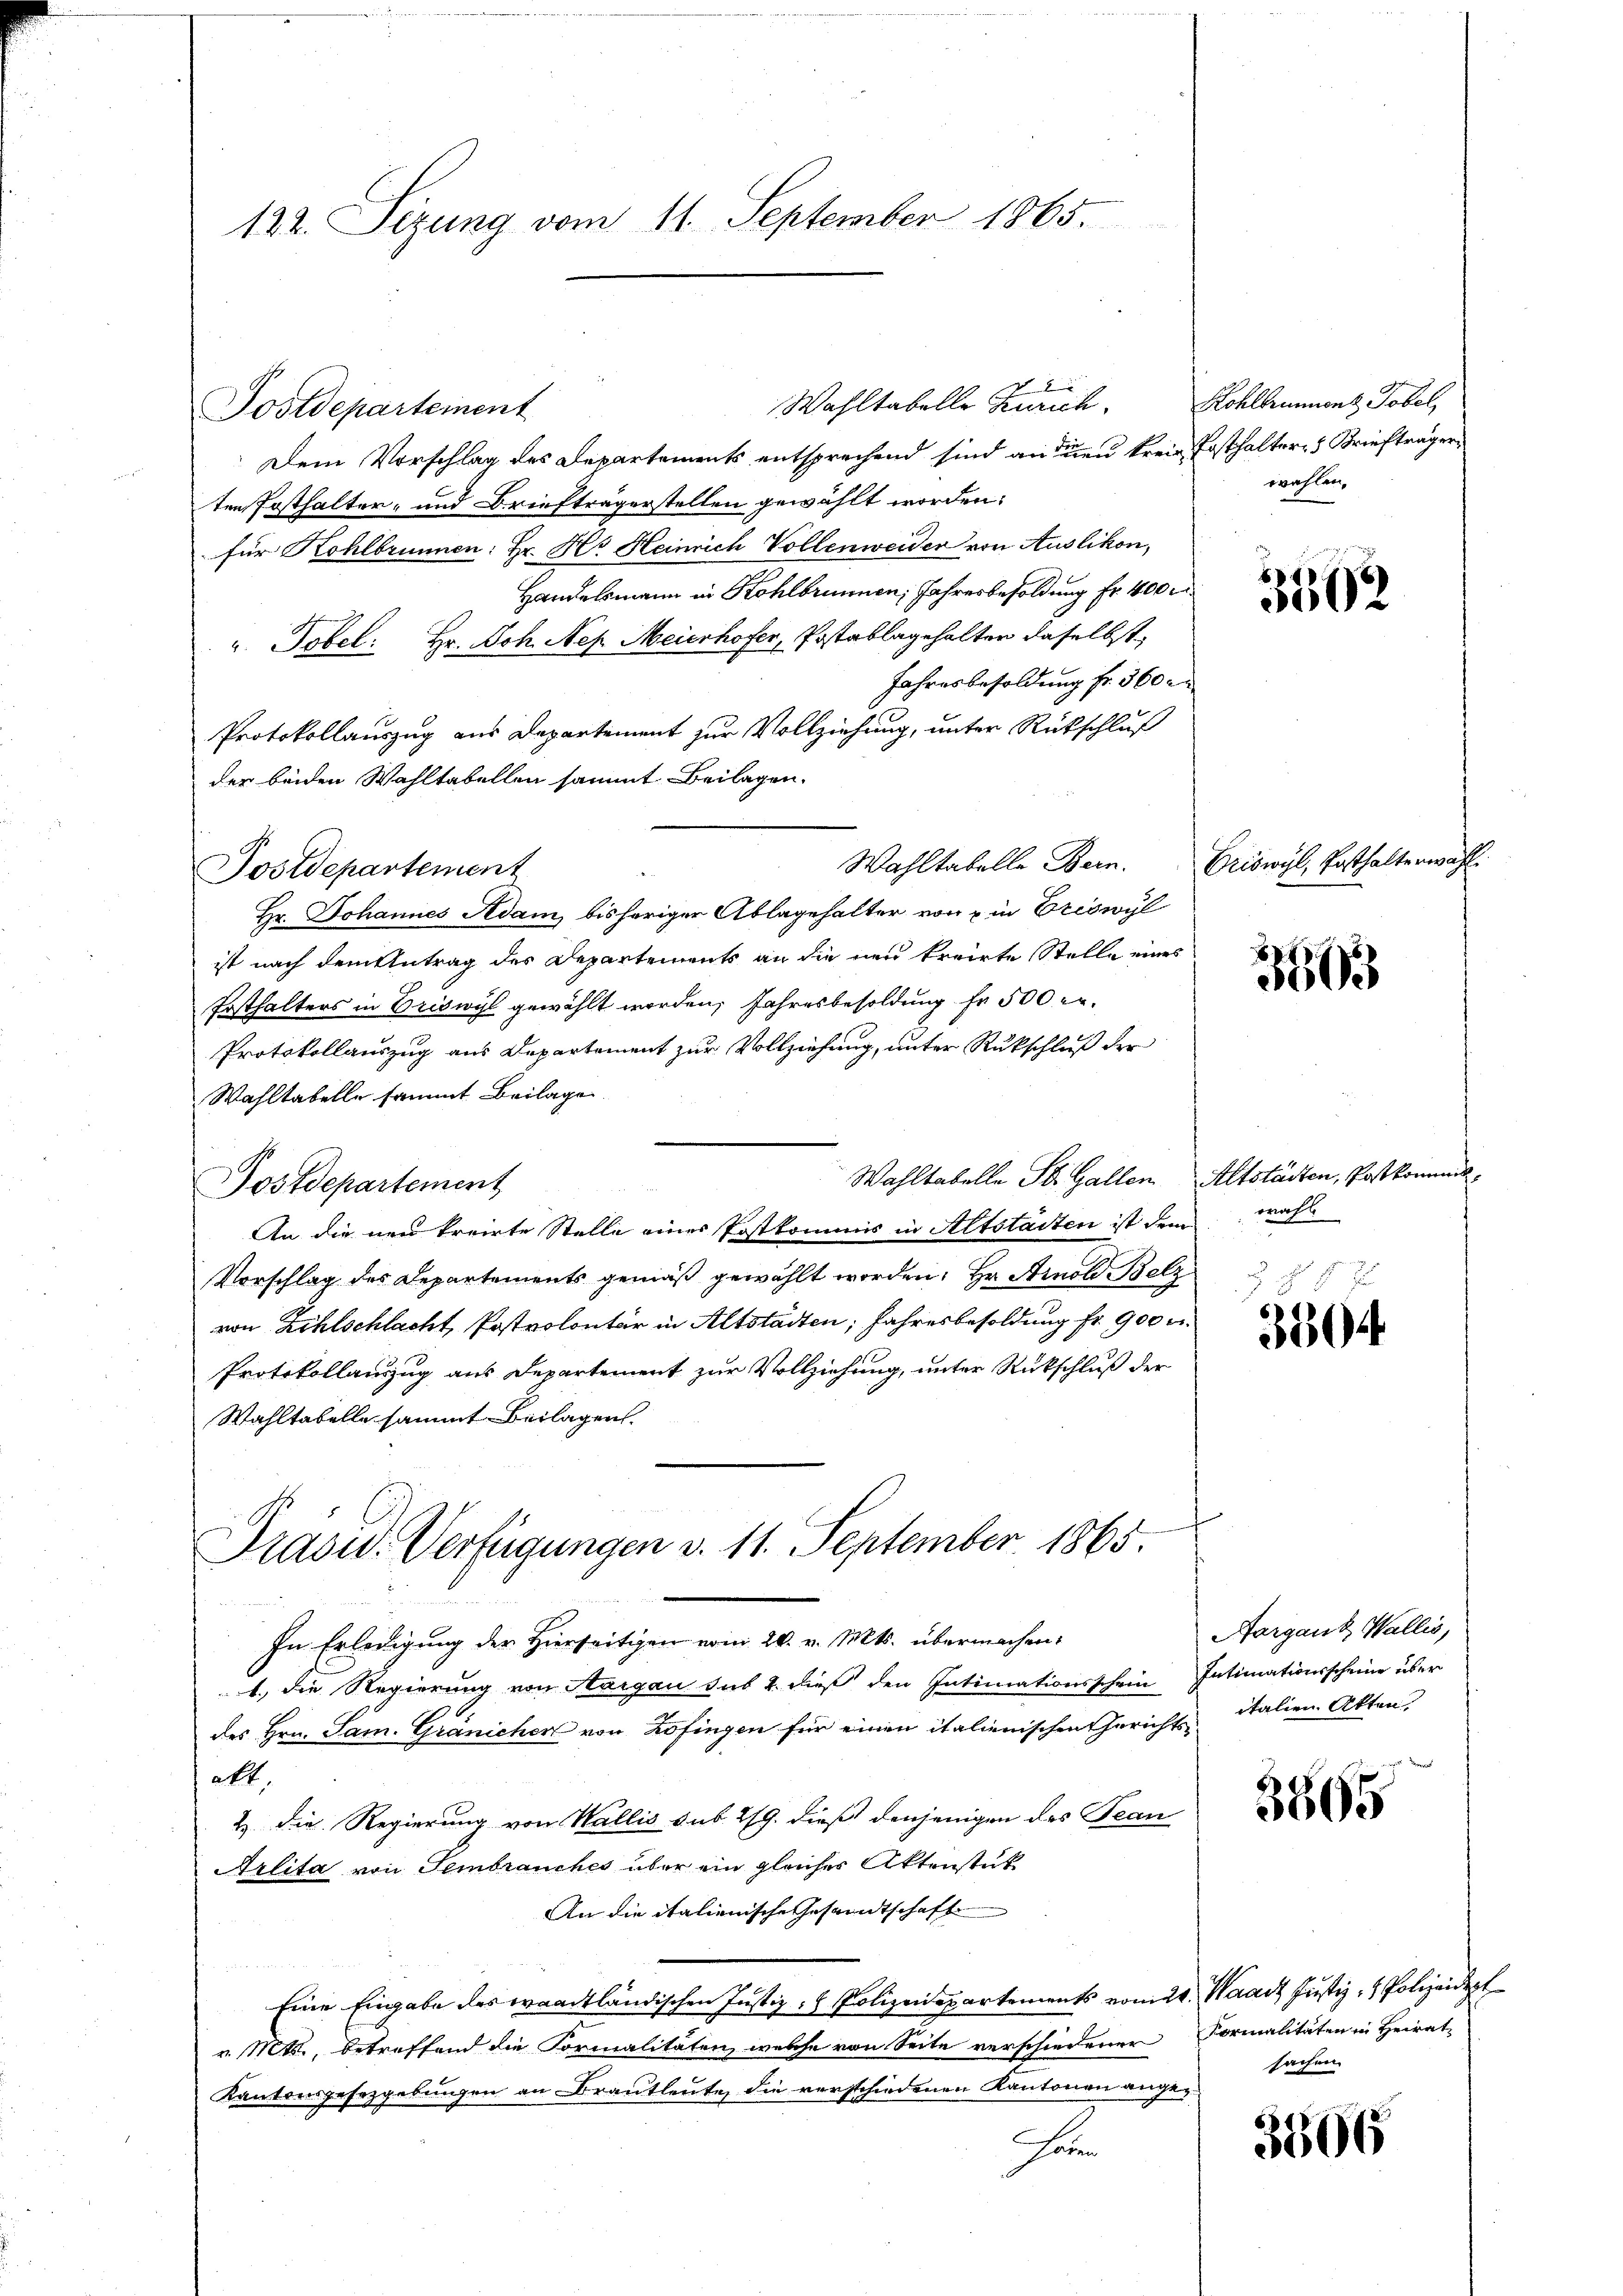
122. Sizung vom 11. September 1865.

Postdepartement

8
Wahltabelle Zürich
Postdepartement
Dem Vorschlag des Departements entsprechend sind an den kreie Posthalteres Briefträger
ten Posthalter- und Briefträgerstellen gewählt worden.
für Kohlbrunnen: Hr. Hs. Heinrich Vollenweider von Auslikon,
Handelsmann in Kohlbrunnen, Jahresbesoldung Fr. 400 M
" Tobel: Hr. Joh. Nef. Meierhofer, Postablagehalten daselbst,
Jahresbesoldung fr. 560 un
Protokollauszug aus Departement zur Vollziehung, unter Rückschluß
der beiden Wahltabellen sammt Beilagen.
Hr. Johannes Adam bisheriger Ablagehalter von u in Eriswyl
ist nach dem Antrag des Departements an die neu errirte Stelle eines
Fosthalters in Eriswyl gewählt worden, Jahresbesoldung fr 500 er
Protokollauszug aus Departement zur Vollziehung, unter Rückschluß der
Wahltabelle sammt Beilage.
Wahltabelle St. Gallen Altstädten, Postkomm
Postdepartement
An die neu kreirte Stelle eines Postkommis in Altstalten ist dem wahl
Vorschlag des Departements gemäß gewählt worden, Hr. Arnold Belz
von Zihlschlacht, Postvolontär in Altstädten, Jahresbesoldung fr. 900 c.
Protokollauszug aus Departement zur Vollziehung, unter Rückschluß der
Wahltabelle sammt Beilagen.
Präsid. Verfügungen d. 11. September 1865.
In Erledigung der Hierseitigen vom 26. v. Mts. übermachen:
1., die Regierung von Aargau sub 2. dieß den Intimationsschein Intimationsscheine über
des Hrn. Sam. Gränicher von Zofingen für einen italienischen Gerichts italien Akten.
Akt.
2. Die Regierung von Wallis sub. 219. dieß denjenigen des Jean
Arlit von Sembrauches über ein gleicher Aktenstük
An die italienische Gesandtschaft
e
Eine Eingabe des waadtländischen Justiz- & Polizeidepartements vom 24. Waadt Justiz- & Polizeident
v. Mts., betreffend die Formalitäten, welche von Seite verschiedener Formalitäten in Heirat-
Kantonsgesetzgebungen an Brautleute, die verschiedenen Kantonen ange¬
2

Wahltabelle Bern.

Kohlbrunnens Tobel,
wahlen.

f
3002

Vriswyl, Enthalterwahl

3603

f 8 x

3304

Aargank, Wallis,

3665

sachen.

3506